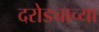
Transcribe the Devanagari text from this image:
दरोड्याच्या